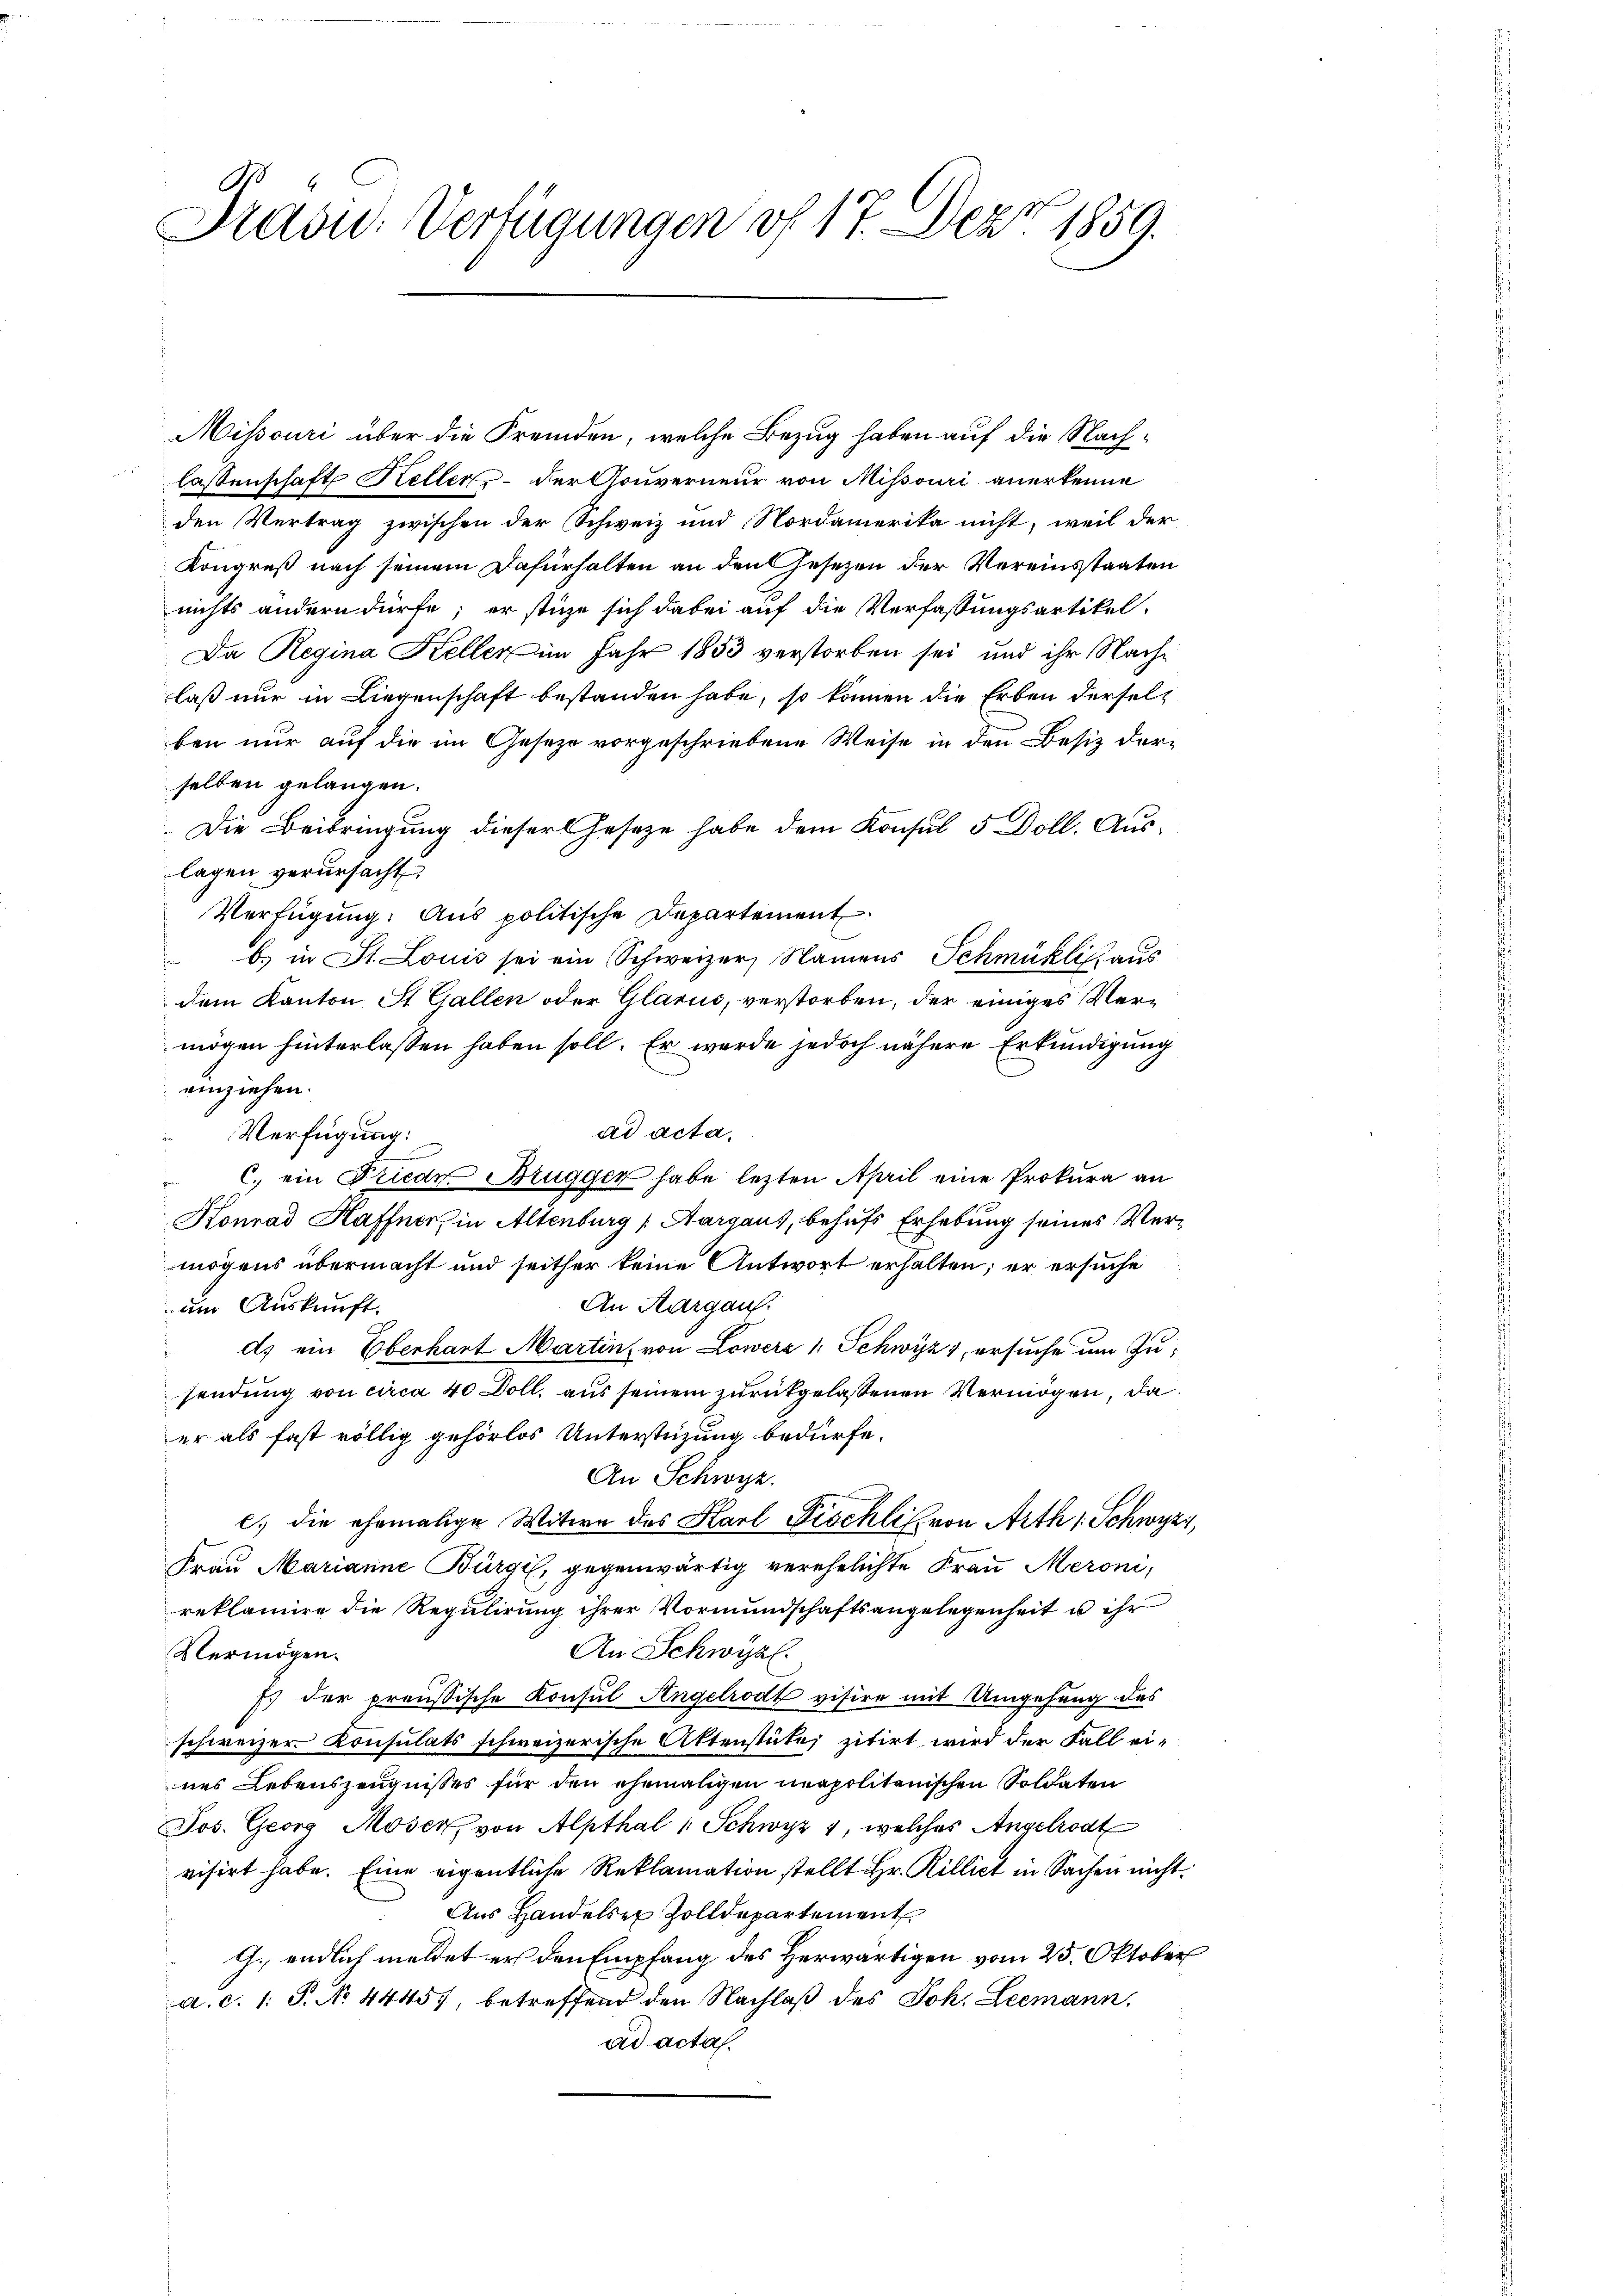
.
Prasid. Verfügungen of 17. Dez. 1859.

Missouri über die Fremden, welche Bezug haben auf die Nach¬

lassenschaft Keller - der Gouverneur von Missouri anerkenne
den Vertrag zwischen der Schweiz und Nordamerika nicht, weil der
Kongreß nach seinem Dafürhalten an den Gesezen der Vereinstaaten
nichts andern dürfe; er stüze sich dabei auf die Verfassungsartikel-
Da Regina Keller im Jahr 1853 verstorben sei und ihr Nachlaß nur in Liegenschaft bestanden habe, so können die Erben derselben nur auf die im Geseze vorgeschriebene Weise in den Besiz derselben gelangen.
Die Beibringung dieser Gesetze habe dem Konsul 5 Doll. Auslagen verursacht
Verfügung. Aus politische Departement
b.) in St. Louis sei ein Schweizer, Namens Schmühles aus
dem Kanton St. Gallen oder Glarus, verstorben, der einiges Vermögen hinterlassen haben soll. Er werde jedoch nähere Erkundigung
einziehen.
ad acta.
Verfügung:
C. ein Friedr. Brugger habe lezten April eine Prokura an
Konrad Haffner in Altenburg (Aargaus, behufs Erhebung seines Vermögens übermacht und seither keine Antwort erhalten; er ersuche
An Aargau.
um Auskunft.
d) ein Oberhart Martins von Lowerz l. Schwyz, ersuche um Zusendung von circa 40 Doll, aus seinem zurückgelassenen Vermögen, da
er als fast völlig gehörlos Unterstüzung bedürfe.
An Schwyz.
l) die ehemalige Witwe des Karl Pischli von Arth 1 Schwyz,
Frau Marianne Bürgi, gegenwärtig verehelichte Frau Meroni,
reklamire die Regulirung ihrer Vormundschaftsangelegenheit u ihr
An Schwyz.
Vermögen.
7) der preussische Konsul Angelrodt visire mit Umgehung des
schweizer- Konsulats schweizerische Aktenstütes zitirt wird der Fall eines Lebenszeugnisses für den ehemaligen neapolitanischen Soldaten
Jos. Georg Moser, von Alpthal 1 Schwyz 1, welches Angelrodt
visirt habe. Eine eigentliche Reklamation stellt Hr. Rillict in Sachen nicht
Aus Handelser Zolldepartement
G. endlich meldet er den Empfang des Herwärtigen vom 25. Oktober
a. c. 1: P. No. 4445), betreffend den Nachlaß des Joh. Leemann.
ad acta.